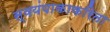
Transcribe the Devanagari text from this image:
स्वयंपाकाकरिता